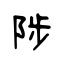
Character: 陟